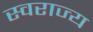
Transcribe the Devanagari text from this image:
स्‍वराज्य